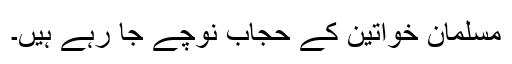
مسلمان خواتین کے حجاب نوچے جا رہے ہیں۔